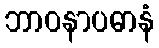
ဘာဝနာပဓာနံ